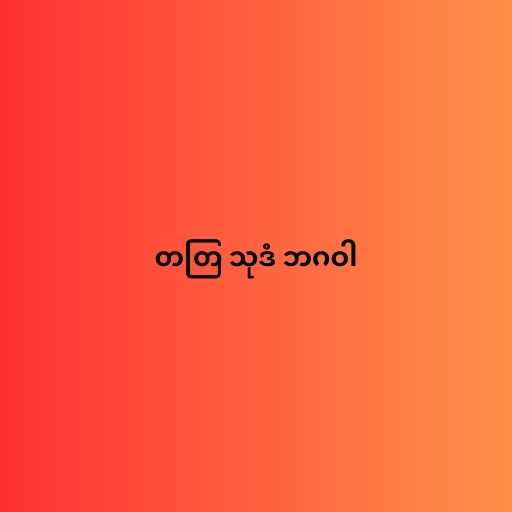
တတြ သုဒံ ဘဂဝါ